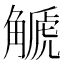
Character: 䚦